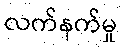
လက်နက်မှု